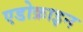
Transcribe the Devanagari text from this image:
एडोक्राइन